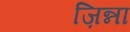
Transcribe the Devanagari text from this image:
ज़िन्ना